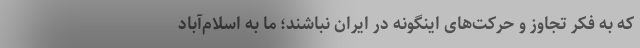
که به فکر تجاوز و حرکت‌های اینگونه در ایران نباشند؛ ما به اسلام‌آباد